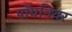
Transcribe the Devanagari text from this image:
पॉयनियर